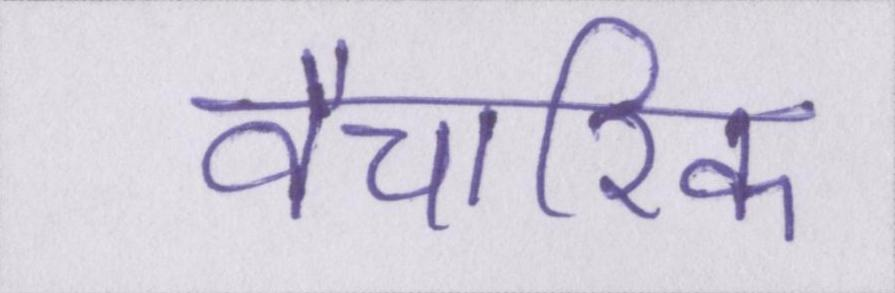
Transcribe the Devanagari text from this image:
वैचारिक